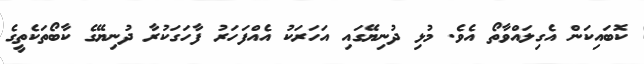
ކޮބައިކަން އެގިލައްވާތޯ އެވެ. މުޅި ދުނިޔޭގައި އަހަރަކު އެއްފަހަރު ފާހަގަކުރާ ދުނިޔޭގެ ކާބޯތަކެތީގެ